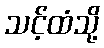
သင့်ထံသို့